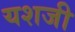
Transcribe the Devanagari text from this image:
यशजी